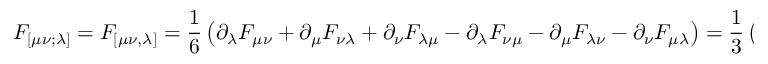
F _ { [ \mu \nu ; \lambda ] } = F _ { [ \mu \nu , \lambda ] } = { \frac { 1 } { 6 } } \left( \partial _ { \lambda } F _ { \mu \nu } + \partial _ { \mu } F _ { \nu \lambda } + \partial _ { \nu } F _ { \lambda \mu } - \partial _ { \lambda } F _ { \nu \mu } - \partial _ { \mu } F _ { \lambda \nu } - \partial _ { \nu } F _ { \mu \lambda } \right) = { \frac { 1 } { 3 } } \left( \partial _ { \lambda } F _ { \mu \nu } + \partial _ { \mu } F _ { \nu \lambda } + \partial _ { \nu } F _ { \lambda \mu } \right) = 0 ,